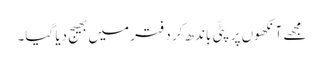
مجھے آنکھوں پر پٹّی باندھ کر دفتر میں بھیج دیا گیا۔